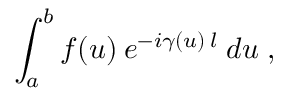
\int _ { a } ^ { b } f ( u ) \: e ^ { - i \gamma ( u ) \: l } \: d u \; ,